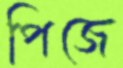
পিজে